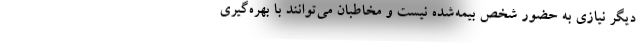
دیگر نیازی به حضور شخص بیمه‌شده نیست و مخاطبان می‌توانند با بهره‌گیری